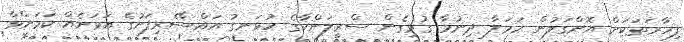
ފިހާރަތަކަށް އޮށްގަލުން ހަމަލާ ދިނުމާ ގުޅިގެން ސްރީލަންކާގެ ހުޅަނގު އައްސޭރިފަށުގެ އަވަށެއް ކަމަށްވާ